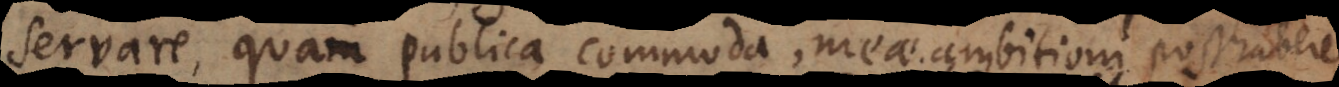
servare, quam publica commoda, meae ambitioni posthaber